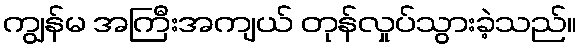
ကျွန်မ အကြီးအကျယ် တုန်လှုပ်သွားခဲ့သည်။